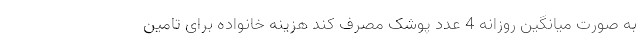
به صورت میانگین روزانه 4 عدد پوشک مصرف کند هزینه خانواده برای تامین